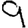
Digit: 9